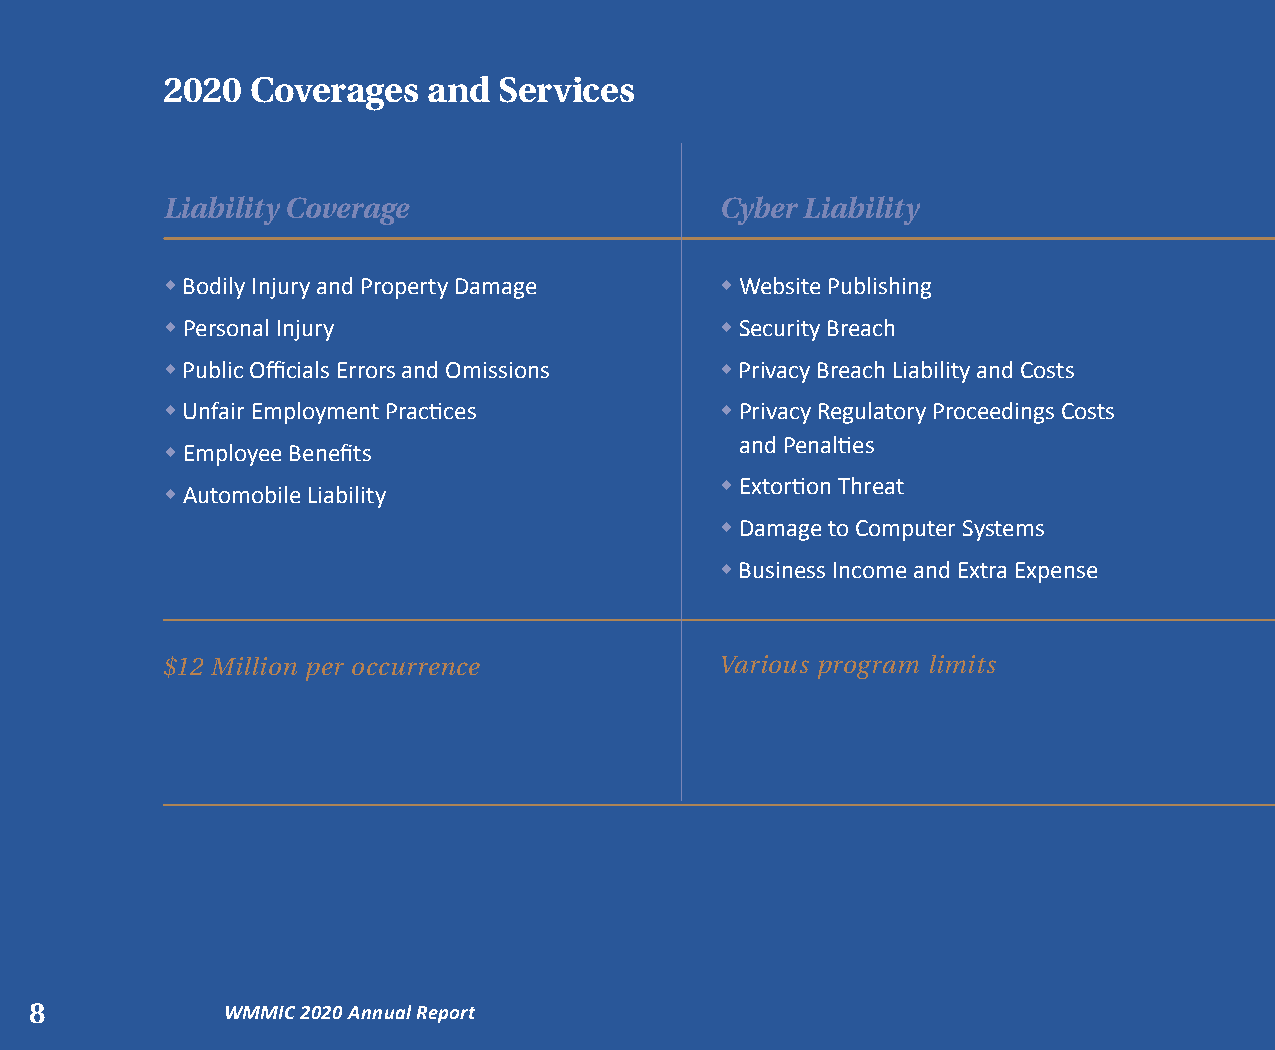
2020  Coverages  and  Services
 Liability Coverage                   Cyber Liability
 w Bodily Injury and Property Damage  w Website Publishing
 w Personal Injury                    w Security Breach
 w Public Officials Errors and Omissions w Privacy Breach Liability and Costs
 w Unfair Employment Practices        w Privacy Regulatory Proceedings Costs
 and Penalties
 w Employee Benefits
 w Extortion Threat
 w Automobile Liability
 w Damage to Computer Systems
 w Business Income and Extra Expense
 $12 Million per occurrence           Various program limits
 8            WMMIC 2020 Annual Report